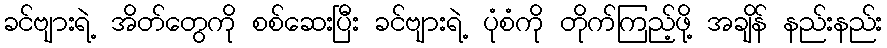
ခင်ဗျားရဲ့ အိတ်တွေကို စစ်ဆေးပြီး ခင်ဗျားရဲ့ ပုံစံကို တိုက်ကြည့်ဖို့ အချိန် နည်းနည်း